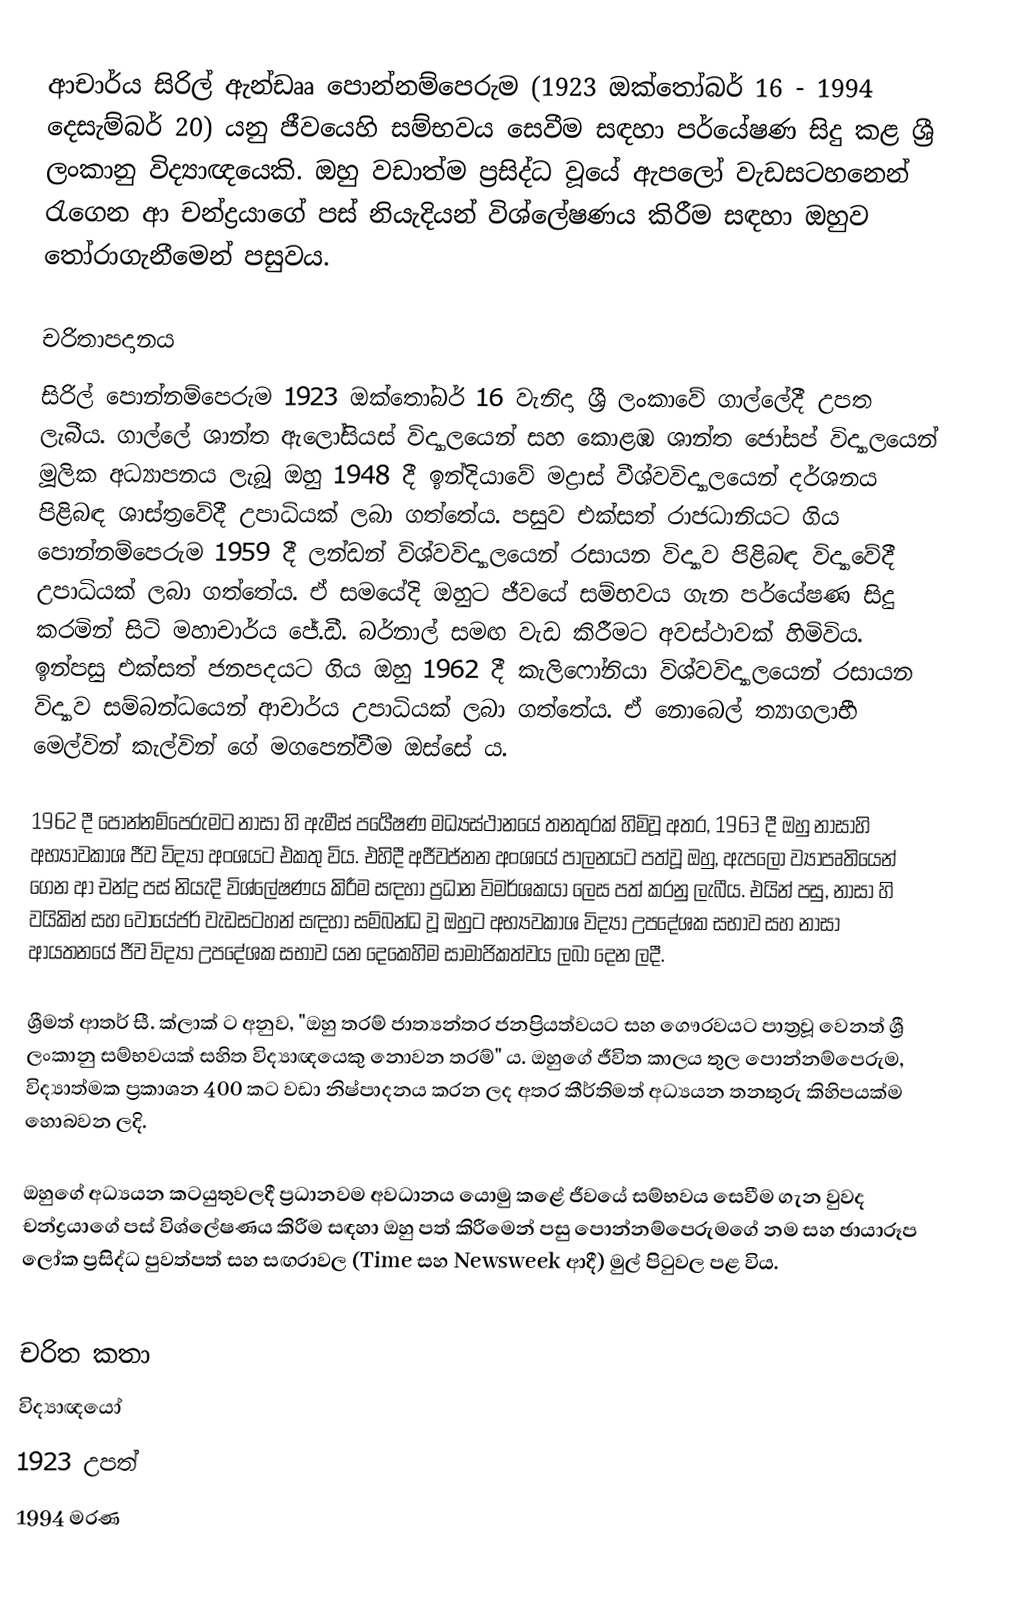
ආචාර්ය සිරිල් ඇන්ඩෲ පොන්නම්පෙරුම (1923 ඔක්තෝබර් 16 - 1994 දෙසැම්බර් 20) යනු ජීවයෙහි සම්භවය සෙවීම සඳහා පර්යේෂණ සිදු කළ ශ්‍රී ලංකානු විද්‍යාඥයෙකි. ඔහු වඩාත්ම ප්‍රසිද්ධ වූයේ ඇපලෝ වැඩසටහනෙන් රැගෙන ආ චන්ද්‍රයාගේ පස් නියැදියන් විශ්ලේෂණය කිරීම සඳහා ඔහුව තෝරාගැනීමෙන් පසුවය.

චරිතාපදානය
සිරිල් පොන්නම්පෙරුම 1923 ඔක්තෝබර් 16 වැනිදා ශ්‍රී ලංකාවේ ගාල්ලේදී උපත ලැබීය. ගාල්ලේ ශාන්ත ඇලෝසියස් විද්‍යාලයෙන් සහ කොළඹ ශාන්ත ජෝසප් විද්‍යාලයෙන් මූලික අධ්‍යාපනය ලැබූ ඔහු 1948 දී ඉන්දියාවේ මද්‍රාස් වීශ්වවිද්‍යාලයෙන් දර්ශනය පිළිබඳ ශාස්ත්‍රවේදී උපාධියක් ලබා ගත්තේය. පසුව එක්සත් රාජධානියට ගිය පොන්නම්පෙරුම 1959 දී ලන්ඩන් විශ්වවිද්‍යාලයෙන් රසායන විද්‍යාව පිළිබඳ විද්‍යාවේදී උපාධියක් ලබා ගත්තේය. ඒ සමයේදි ඔහුට ජීවයේ සම්භවය ගැන පර්යේෂණ සිදු කරමින් සිටි මහාචාර්ය ජේ.ඩී. බර්නාල් සමඟ වැඩ කිරීමට අවස්ථාවක් හිමිවිය. ඉන්පසු එක්සත් ජනපදයට ගිය ඔහු 1962 දී කැලිෆෝනියා විශ්වවිද්‍යාලයෙන් රසායන විද්‍යාව සම්බන්ධයෙන් ආචාර්ය උපාධියක් ලබා ගත්තේය. ඒ නොබෙල් ත්‍යාගලාභී මෙල්වින් කැල්වින් ගේ මගපෙන්වීම ඔස්සේ ය.

1962 දී පොන්නම්පෙරුමට නාසා හි ඇමීස් පර්‍යේෂණ මධ්‍යස්ථානයේ තනතුරක් හිමිවූ අතර, 1963 දී ඔහු නාසාහි අභ්‍යාවකාශ ජීව විද්‍යා අංශයට එකතු විය. එහිදී අජීවජ්නන අංශයේ පාලනයට පත්වූ ඔහු, ඇපලෝ ව්‍යාපෘතියෙන් ගෙන ආ චන්ද්‍ර පස් නියැදි විශ්ලේෂණය කිරීම සඳහා ප්‍රධාන විමර්ශකයා ලෙස පත් කරනු ලැබීය. එයින් පසු, නාසා හි වයිකින් සහ වොයේජර් වැඩසටහන් සඳහා සම්බන්ධ වූ ඔහුට අභ්‍යවකාශ විද්‍යා උපදේශක සභාව සහ නාසා ආයතනයේ ජීව විද්‍යා උපදේශක සභාව යන දෙකෙහිම සාමාජිකත්වය ලබා දෙන ලදී.

ශ්‍රීමත් ආතර් සී. ක්ලාක් ට අනුව, "ඔහු තරම් ජාත්‍යන්තර ජනප්‍රියත්වයට සහ ගෞරවයට පාත්‍රවූ වෙනත් ශ්‍රී ලංකානු සම්භවයක් සහිත විද්‍යාඥයෙකු නොවන තරම්" ය. ඔහුගේ ජීවිත කාලය තුල පොන්නම්පෙරුම, විද්‍යාත්මක ප්‍රකාශන 400 කට වඩා නිෂ්පාදනය කරන ලද අතර කීර්තිමත් අධ්‍යයන තනතුරු කිහිපයක්ම හොබවන ලදි.

ඔහුගේ අධ්‍යයන කටයුතුවලදී ප්‍රධානවම අවධානය යොමු කළේ ජීවයේ සම්භවය සෙවීම ගැන වුවද චන්ද්‍රයාගේ පස් විශ්ලේෂණය කිරීම සඳහා ඔහු පත් කිරීමෙන් පසු පොන්නම්පෙරුමගේ නම සහ ඡායාරූප ලෝක ප්‍රසිද්ධ පුවත්පත් සහ සඟරාවල (Time සහ Newsweek ආදී) මුල් පිටුවල පළ විය.

චරිත කතා
විද්‍යාඥයෝ
1923 උපත්
1994 මරණ